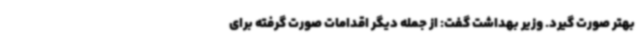
بهتر صورت گیرد. وزیر بهداشت گفت: از جمله دیگر اقدامات صورت گرفته برای